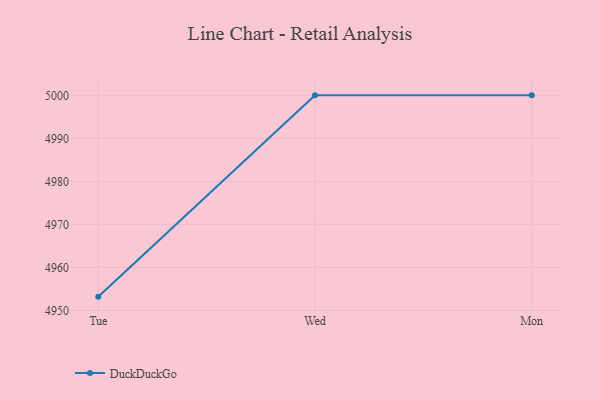
{"axis": {"x": "Day", "y": "Market Share (%)"}, "legend": ["DuckDuckGo"], "data": [{"x": "Tue", "y": 4953.2, "type": "DuckDuckGo"}, {"x": "Wed", "y": 5000, "type": "DuckDuckGo"}, {"x": "Mon", "y": 5000, "type": "DuckDuckGo"}]}